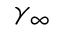
\gamma _ { \infty }